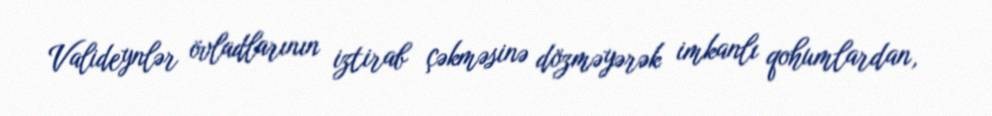
Valideynlər övladlarının iztirab çəkməsinə dözməyərək imkanlı qohumlardan,